Leaving Certificate Examination (including Day School Certificate (Higher) General paper), 1931
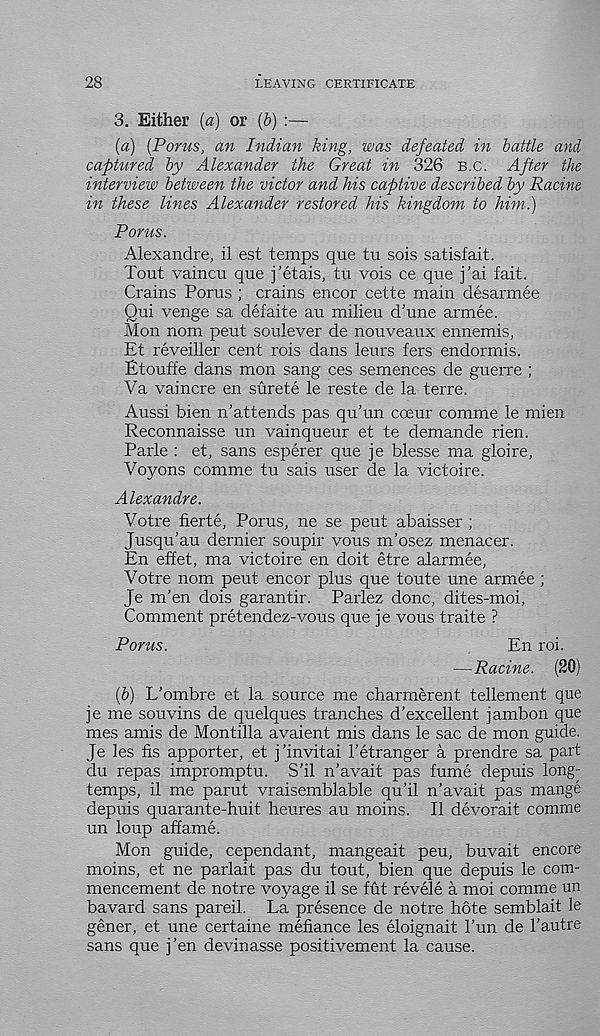
28
LEAVING CERTIFICATE
3. Either (a) or (b) :—
(a) (Porus, an Indian king, was defeated in battle and
captured by Alexander the Great in 326 B.c. After the
interview betiveen the victor and his captive described by Racine
in these lines Alexander restored his kingdom to him.)
Porus.
Alexandre, il est temps que tu sois satisfait.
Tout vaincu que j’etais, tu vois ce que j’ai fait.
Crains Porus ; crains encor cette main desarmee
Qui venge sa defaite au milieu d'une armee.
Mon nom peut soulever de nouveaux ennemis,
Et reveiller cent rois dans leurs fers endormis.
Etouffe dans mon sang ces semences de guerre ;
Va vaincre en surete le reste de la terre.
Aussi bien n’attends pas qu’un coeur comme le mien
Reconnaisse un vainqueur et te demande rien.
Parle : et, sans esperer que je blesse ma gloire,
Voyons comme tu sais user de la victoire.
Alexandre.
Votre fierte, Porus, ne se peut abaisser ;
Jusqu’au dernier soupir vous m’osez menacer.
En effet, ma victoire en doit etre alarmee,
Votre nom peut encor plus que toute une armee ;
Je m’en dois garantir. Parlez done, dites-moi,
Comment pretendez-vous que je vous traite ?
Porus.
En roi.
—Racine. (20)
(b) L’ombre et la source me charmerent tellement que
je me souvins de quelques tranches d’excellent jambon que
mes amis de Montilla avaient mis dans le sac de mon guide.
Je les fis apporter, et j’invitai I'etranger a prendre sa part
du repas impromptu. S’il n’avait pas fume depuis long-
temps, il me parut vraisemblable qu’il n'avait pas mange
depuis quarante-huit heures au moins. Il devorait comme
un loup affame.
Mon guide, cependant, mangeait peu, buvait encore
moins, et ne parlait pas du tout, bien que depuis le com-
mencement de notre voyage il se fut revele a moi comme un
bavard sans pareil. La presence de notre hote semblait le
gener, et une certaine mefiance les eloignait 1’un de 1’autre
sans que j’en devinasse positivement la cause.